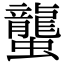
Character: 蠪